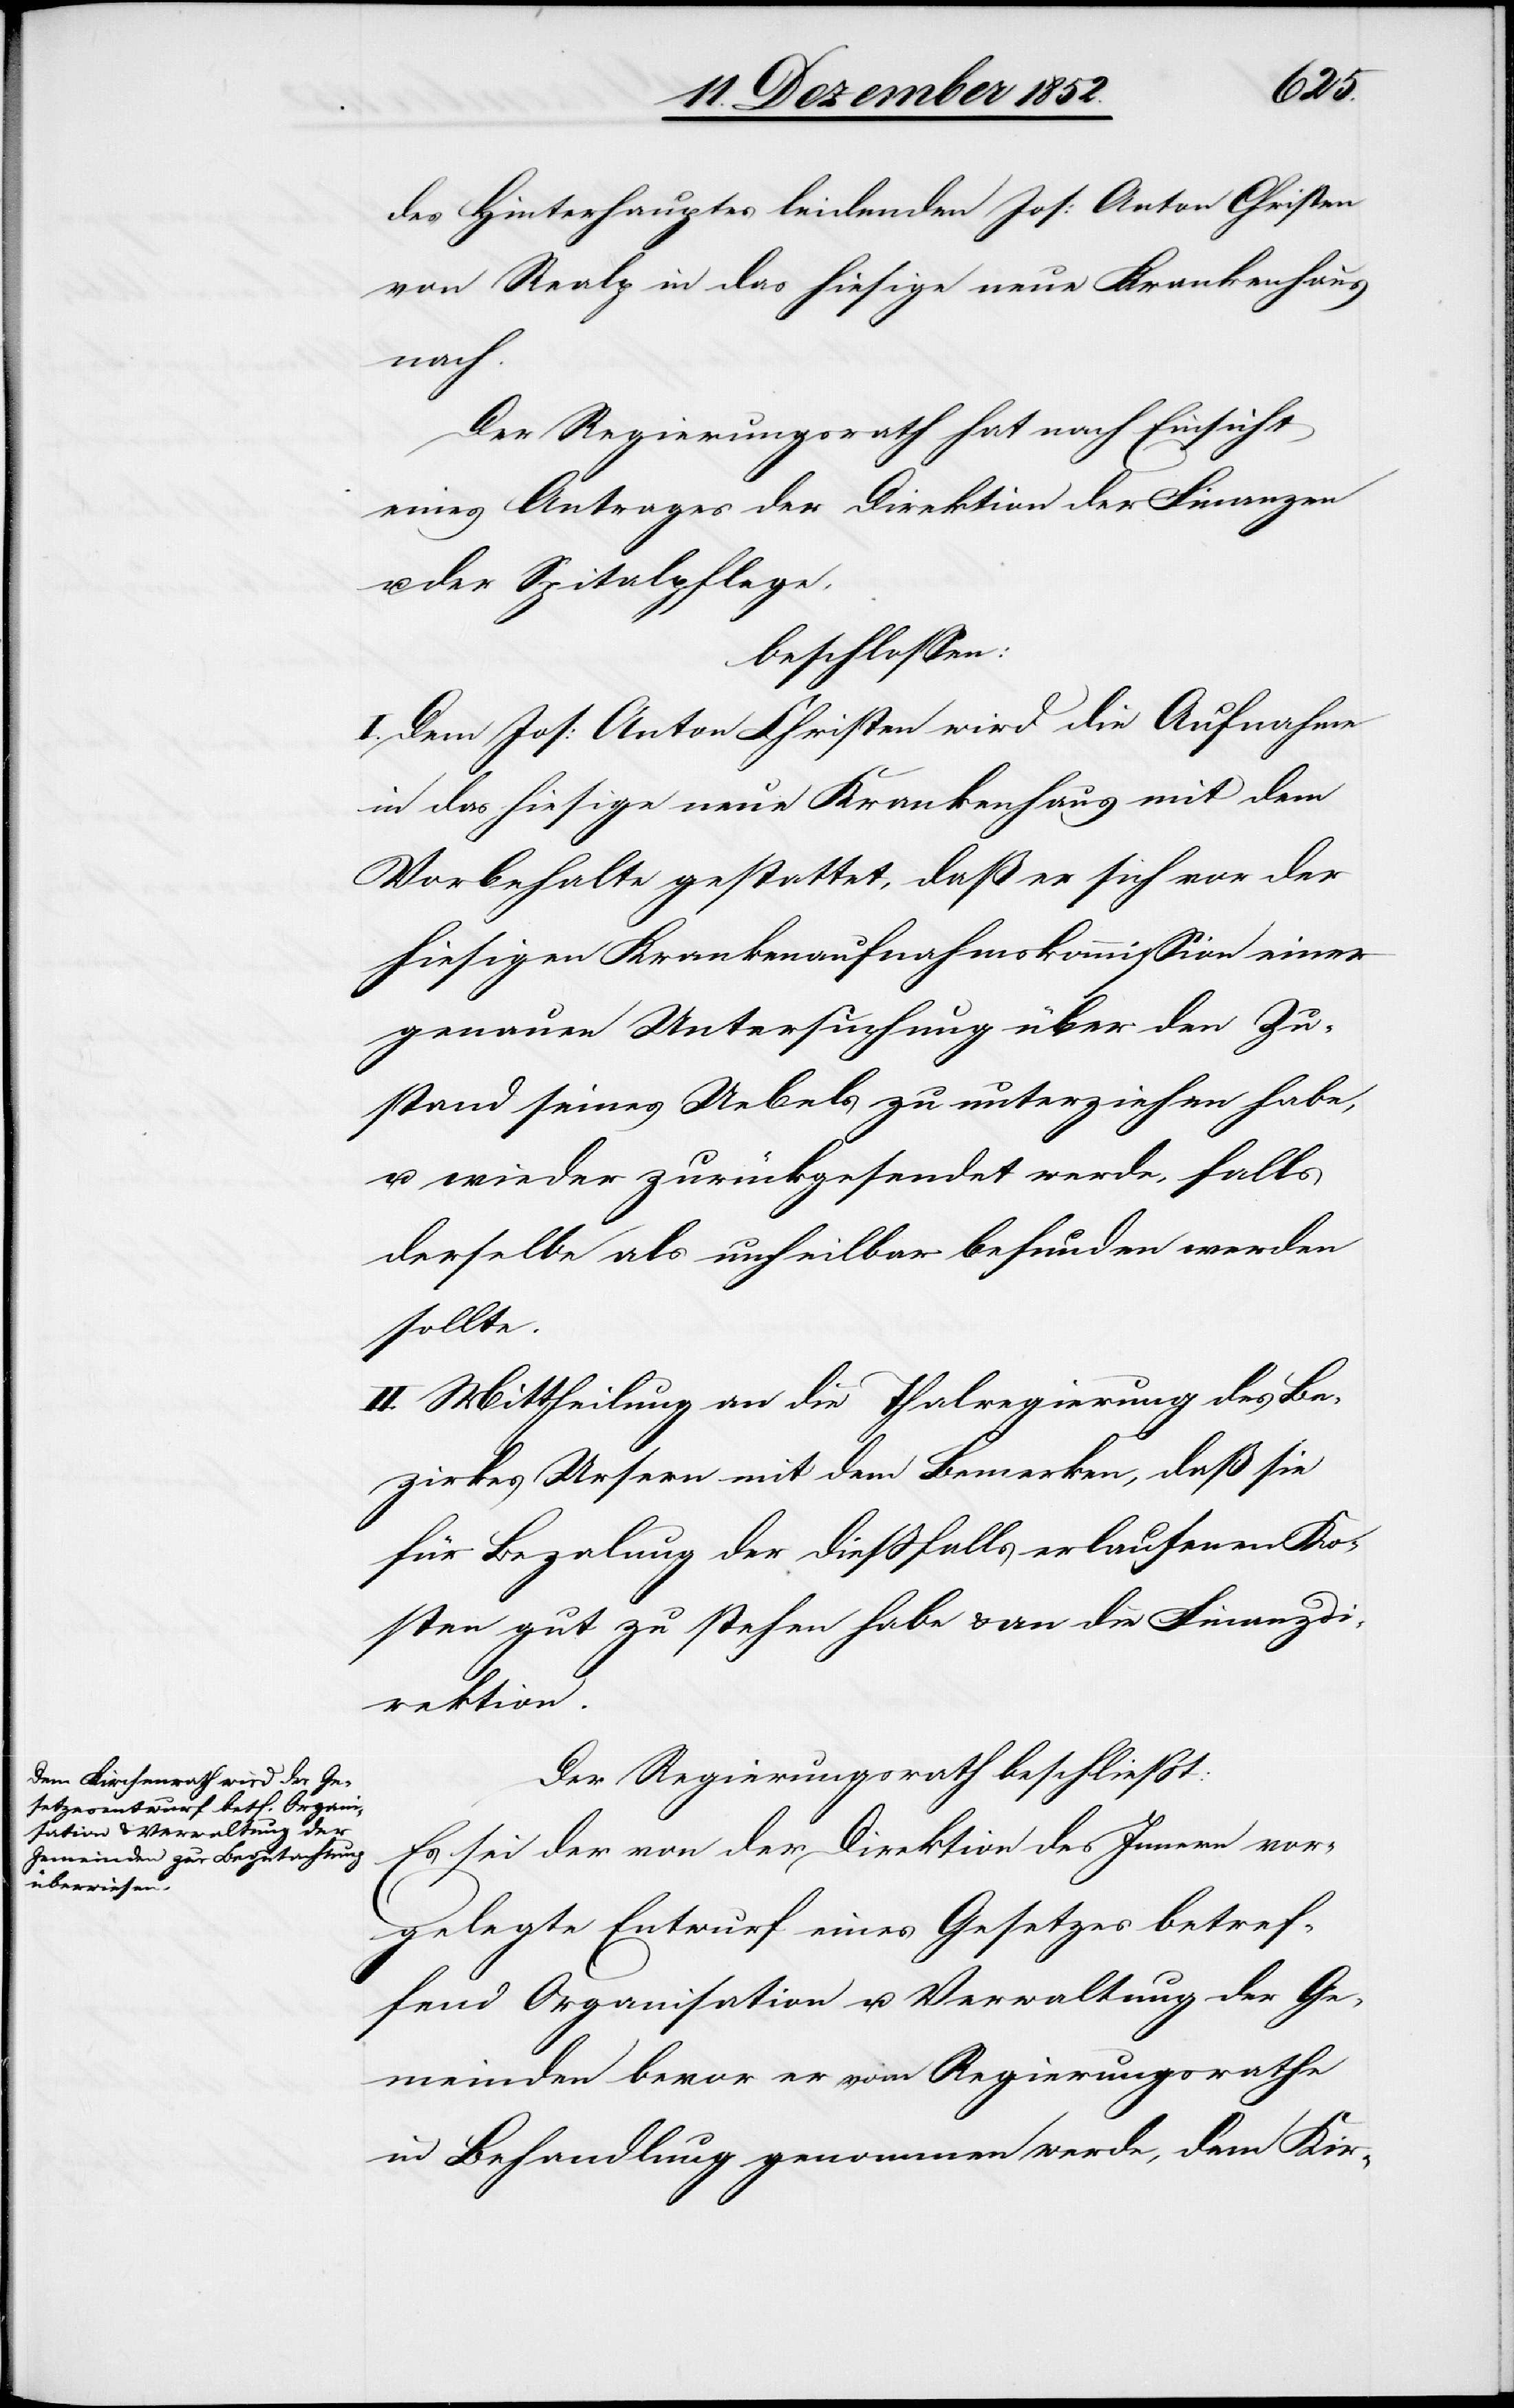
des Hinterhauptes leidenden Jos: Anton Christen
von Realp in das hiesige neue Krankenhaus
nach.
Der Regierungsrath hat nach Einsicht
eines Antrages der Direktion der Finanzen
u. der Spitalpflege,
beschlossen:
I. Dem Jos: Anton Christen wird die Aufnahme
in das hiesige neue Krankenhaus mit dem
Vorbehalte gestattet, daß er sich vor der
hiesigen Krankenaufnahmskommission einer
genauen Untersuchung über den Zu¬
stand seines Uebels zu unterziehen habe,
u. wieder zurückgesendet werde, falls
derselbe als unheilbar befunden werden
sollte.
II. Mittheilung an die Thalregierung des Be¬
zirkes Ursern mit dem Bemerken, daß sie
für Bezalung der dießfalls erlaufenen Ko¬
sten gut zu stehen habe & an die Finanzdi¬
rektion.
Der Regierungsrath beschließt:
Es sei der von der Direktion des Innern vor¬
gelegte Entwurf eines Gesetzes betref¬
fend Organisation u. Verwaltung der Ge¬
meinden bevor er vom Regierungsrathe
in Behandlung genommen werde, dem Kir-